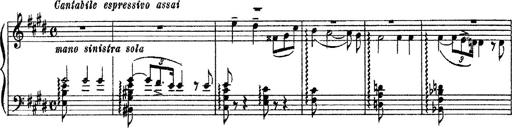
Title: 3 sonetti di Petrarca
Composer: Franz Liszt